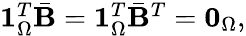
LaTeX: \begin{array}{r}{\mathbf{1}_{\Omega}^{T}\bar{\mathbf{B}}=\mathbf{1}_{\Omega}^{T}\bar{\mathbf{B}}^{T}=\mathbf{0}_{\Omega},}\end{array}